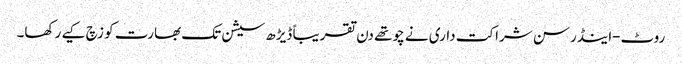
روٹ-اینڈرسن شراکت داری نے چوتھے دن تقریباً ڈیڑھ سیشن تک بھارت کو زچ کیے رکھا۔